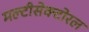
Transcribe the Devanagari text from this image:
मल्टीसेक्टोरल